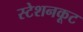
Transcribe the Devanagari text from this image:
स्टेशनकूट